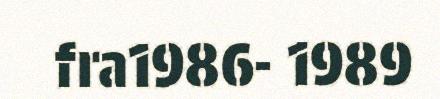
fra1986- 1989